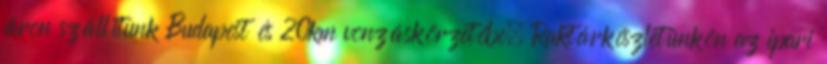
áron szállítunk Budapest és 20km vonzáskörzetébe. Raktárkészletünkön az ipari